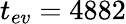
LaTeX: t_{ev}=4882